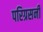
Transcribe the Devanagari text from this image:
परिग्रसनी